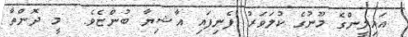
އައިލީންގެ މޫނުގެ ކުލަވަރު ފެނިފައި އާޝިޔާ ބުންޏެވެ.  މީ ދޮންތާ